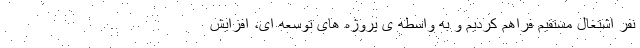
نفر اشتغال مستقیم فراهم کردیم و به واسطه ی پروژه های توسعه ای، افزایش